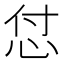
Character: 怤